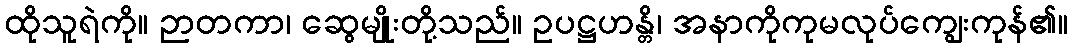
ထိုသူရဲကို။ ဉာတကာ၊ ဆွေမျိုးတို့သည်။ ဥပဋ္ဌဟန္တိ၊ အနာကိုကုမလုပ်ကျွေးကုန်၏။